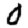
Digit: 0